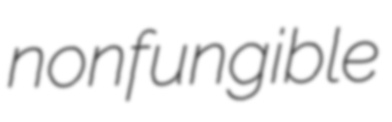
nonfungible